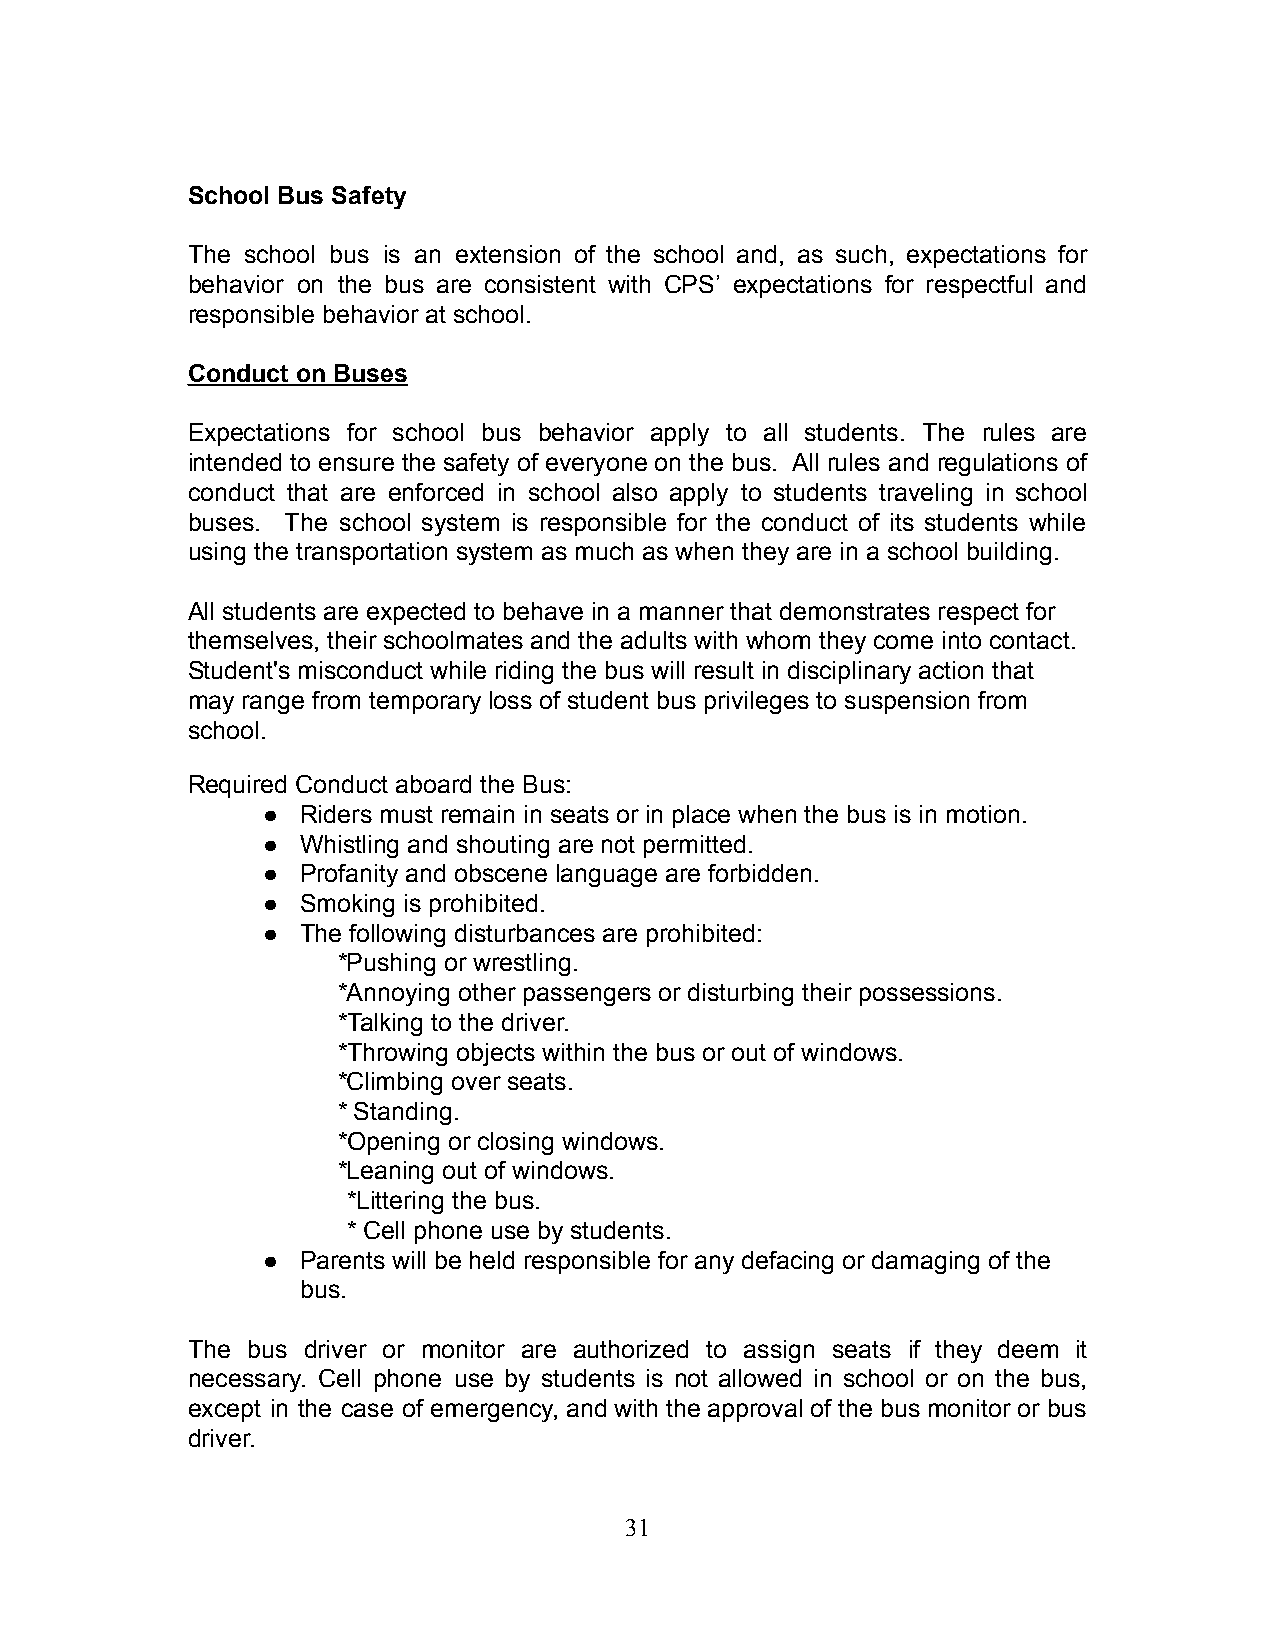
School Bus Safety
 The school bus is an extension of the school and, as such, expectations for
 behavior on the bus are consistent with CPS’ expectations for respectful and
 responsible behavior at school.
 Conduct on Buses
 Expectations for school bus behavior apply to all students. The rules are
 intended to ensure the safety of everyone on the bus. All rules and regulations of
 conduct that are enforced in school also apply to students traveling in school
 buses. The school system is responsible for the conduct of its students while
 using the transportation system as much as when they are in a school building.
 All students are expected to behave in a manner that demonstrates respect for
 themselves, their schoolmates and the adults with whom they come into contact.
 Student's misconduct while riding the bus will result in disciplinary action that
 may range from temporary loss of student bus privileges to suspension from
 school.
 Required Conduct aboard the Bus:
 ●  Riders must remain in seats or in place when the bus is in motion.
 ●  Whistling and shouting are not permitted.
 ●  Profanity and obscene language are forbidden.
 ●  Smoking is prohibited.
 ●  The following disturbances are prohibited:
 *Pushing or wrestling.
 *Annoying other passengers or disturbing their possessions.
 *Talking to the driver.
 *Throwing objects within the bus or out of windows.
 *Climbing over seats.
 * Standing.
 *Opening or closing windows.
 *Leaning out of windows.
 *Littering the bus.
 * Cell phone use by students.
 ●  Parents will be held responsible for any defacing or damaging of the
 bus.
 The bus driver or monitor are authorized to assign seats if they deem it
 necessary. Cell phone use by students is not allowed in school or on the bus,
 except in the case of emergency, and with the approval of the bus monitor or bus
 driver.
 31